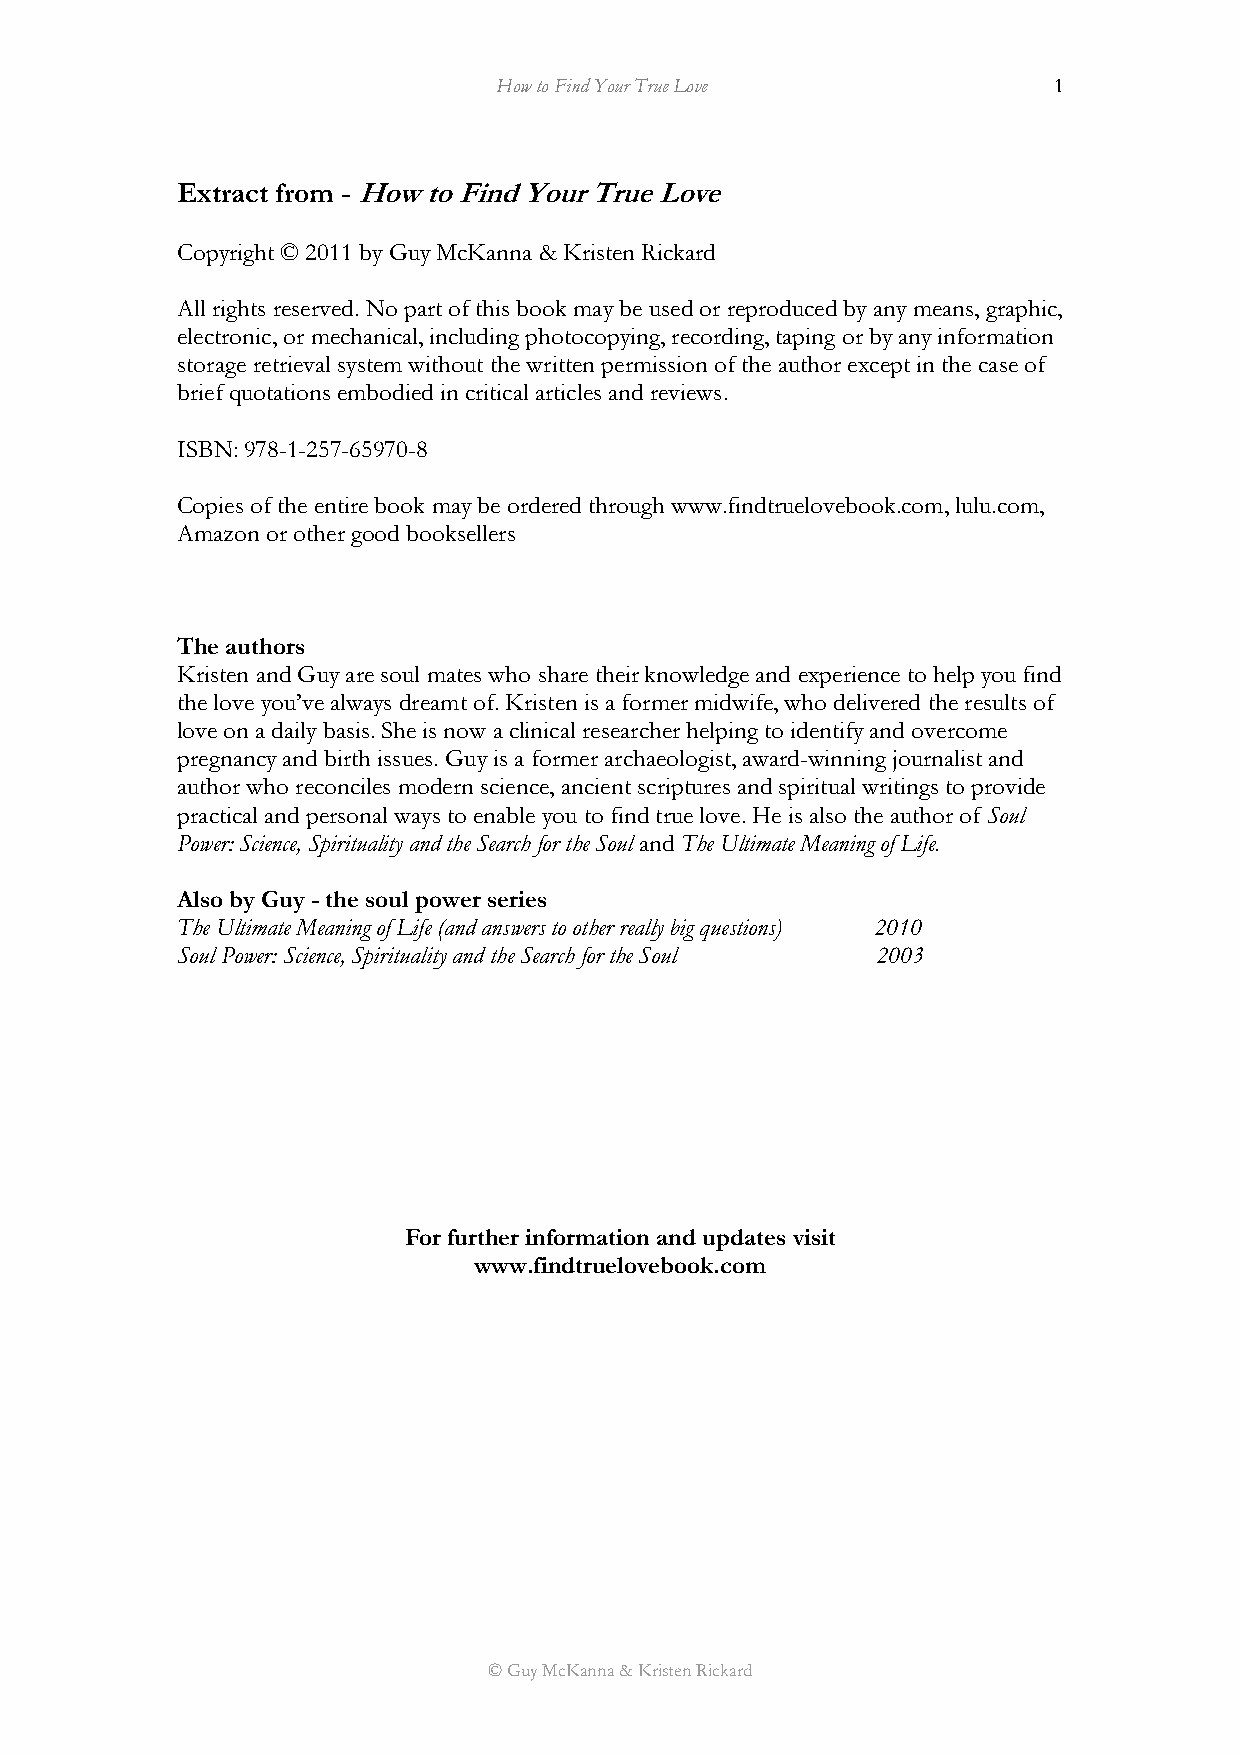
How to Find Your True Love           1
 Extract from - How to Find Your True Love
 Copyright © 2011 by Guy McKanna & Kristen Rickard
 All rights reserved. No part of this book may be used or reproduced by any means, graphic,
 electronic, or mechanical, including photocopying, recording, taping or by any information
 storage retrieval system without the written permission of the author except in the case of
 brief quotations embodied in critical articles and reviews.
 ISBN: 978-1-257-65970-8
 Copies of the entire book may be ordered through www.findtruelovebook.com, lulu.com,
 Amazon or other good booksellers
 The authors
 Kristen and Guy are soul mates who share their knowledge and experience to help you find
 the love you’ve always dreamt of. Kristen is a former midwife, who delivered the results of
 love on a daily basis. She is now a clinical researcher helping to identify and overcome
 pregnancy and birth issues. Guy is a former archaeologist, award-winning journalist and
 author who reconciles modern science, ancient scriptures and spiritual writings to provide
 practical and personal ways to enable you to find true love. He is also the author of Soul
 Power: Science, Spirituality and the Search for the Soul and The Ultimate Meaning of Life.
 Also by Guy - the soul power series
 The Ultimate Meaning of Life (and answers to other really big questions) 2010
 Soul Power: Science, Spirituality and the Search for the Soul 2003
 For further information and updates visit
 www.findtruelovebook.com
 © Guy McKanna & Kristen Rickard